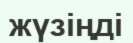
жүзіңді